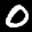
Label: 0